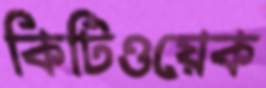
কিটিওয়েক